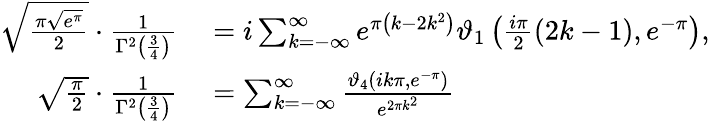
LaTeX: \begin{array}{rl}{{\sqrt{\frac{\pi{\sqrt{e^{\pi}}}}{2}}}\cdot{\frac{1}{\Gamma^{2}\left({\frac{3}{4}}\right)}}}&{{}=i\sum_{k=-\infty}^{\infty}e^{\pi\left(k-2k^{2}\right)}\vartheta_{1}\left({\frac{i\pi}{2}}(2k-1),e^{-\pi}\right),}\\ {{\sqrt{\frac{\pi}{2}}}\cdot{\frac{1}{\Gamma^{2}\left({\frac{3}{4}}\right)}}}&{{}=\sum_{k=-\infty}^{\infty}{\frac{\vartheta_{4}\left(ik\pi,e^{-\pi}\right)}{e^{2\pi k^{2}}}}}\end{array}